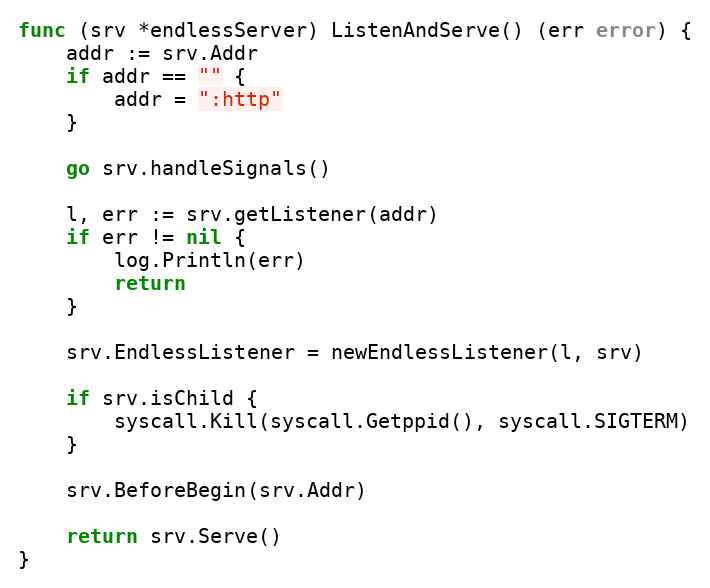
Language: Go
func (srv *endlessServer) ListenAndServe() (err error) {
	addr := srv.Addr
	if addr == "" {
		addr = ":http"
	}

	go srv.handleSignals()

	l, err := srv.getListener(addr)
	if err != nil {
		log.Println(err)
		return
	}

	srv.EndlessListener = newEndlessListener(l, srv)

	if srv.isChild {
		syscall.Kill(syscall.Getppid(), syscall.SIGTERM)
	}

	srv.BeforeBegin(srv.Addr)

	return srv.Serve()
}